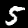
Digit: 5